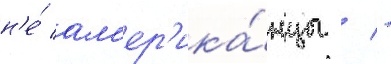
н'е́ ам'ер'ика́нцы / -